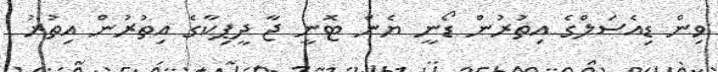
ވިން ޑިއެސަލްގެ އިތުރުން ޑޯނީ ޔެން ޓޮނީ ޖާ ދީޕިކާގެ އިތުރުން އިތުުރު